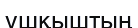
ұшқыштың